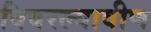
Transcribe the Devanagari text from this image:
विवरल्यावीण